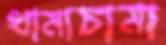
ধামাচামা